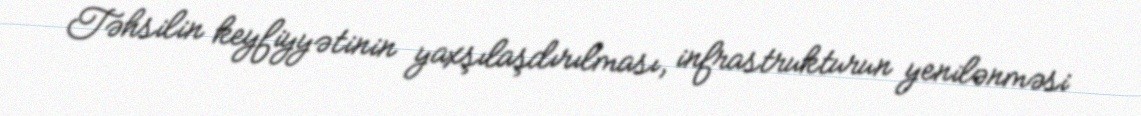
Təhsilin keyfiyyətinin yaxşılaşdırılması, infrastrukturun yenilənməsi